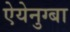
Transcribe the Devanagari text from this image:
ऐयेनुग्बा